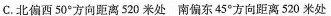
C.北偏西50°方向距离520米处南偏东45°方向距离520米处